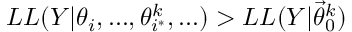
L L ( Y | \theta _ { i } , . . . , \theta _ { i ^ { * } } ^ { k } , . . . ) > L L ( Y | \vec { \theta } _ { 0 } ^ { k } )